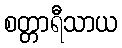
စတ္တာရီသာယ